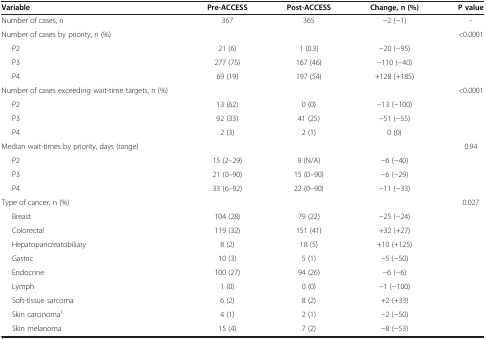
| Variable | Pre-ACCESS | Post-ACCESS | Change, n (%) | P value |
 | --- | --- | --- | --- | --- |
 | Number of cases, n | 367 | 365 | -2 (-1) | - |
 | Number of cases by priority, n (%) |  |  |  | <0.0001 |
 | P2 | 21 (6) | 1 (0.3) | -20 (-95) |  |
 | P3 | 277 (75) | 167 (46) | -110 (-40) |  |
 | P4 | 69 (19) | 197 (54) | +128 (+185) |  |
 | Number of cases exceeding wait-time targets, n (%) |  |  |  | <0.0001 |
 | P2 | 13 (62) | 0 (0) | -13 (-100) |  |
 | P3 | 92 (33) | 41 (25) | -51 (-55) |  |
 | P4 | 2 (3) | 2 (1) | 0 (0) |  |
 | Median wait-times by priority, days (range) |  |  |  | 0.94 |
 | P2 | 15 (2–29) | 9 (N/A) | -6 (-40) |  |
 | P3 | 21 (0–90) | 15 (0–90) | -6 (-29) |  |
 | P4 | 33 (6–92) | 22 (0–90) | -11 (-33) |  |
 | Type of cancer, n (%) |  |  |  | 0.027 |
 | Breast | 104 (28) | 79 (22) | -25 (-24) |  |
 | Colorectal | 119 (32) | 151 (41) | +32 (+27) |  |
 | Hepatopancreatobiliary | 8 (2) | 18 (5) | +10 (+125) |  |
 | Gastric | 10 (3) | 5 (1) | -5 (-50) |  |
 | Endocrine | 100 (27) | 94 (26) | -6 (-6) |  |
 | Lymph | 1 (0) | 0 (0) | -1 (-100) |  |
 | Soft-tissue sarcoma | 6 (2) | 8 (2) | +2 (+33) |  |
 | Skin carcinoma1 | 4 (1) | 2 (1) | -2 (-50) |  |
 | Skin melanoma | 15 (4) | 7 (2) | -8 (-53) |  |